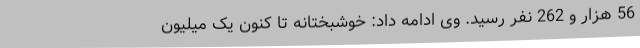
56 هزار و 262 نفر رسید. وی ادامه داد: خوشبختانه تا کنون یک میلیون